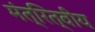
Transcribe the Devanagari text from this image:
मंत्रित्वीय